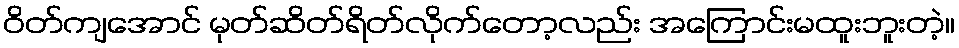
ဝိတ်ကျအောင် မုတ်ဆိတ်ရိတ်လိုက်တော့လည်း အကြောင်းမထူးဘူးတဲ့။